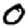
Digit: 0